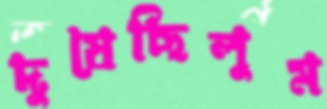
দুষেছিলুম